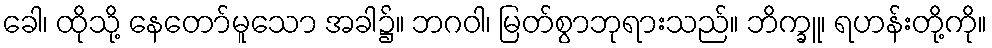
ခေါ၊ ထိုသို့ နေတော်မူသော အခါ၌။ ဘဂဝါ၊ မြတ်စွာဘုရားသည်။ ဘိက္ခူ၊ ရဟန်းတို့ကို။